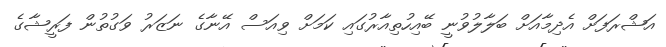
އަޝްރަފަށް އެދިމާއަށް ބަލާލުވުނީ ބޭއިހުތިއާރުގައި ކަމަށް ވިއަސް އޭނާގެ ނަޒަރު ވަގުތުން ފަރީޝާގެ